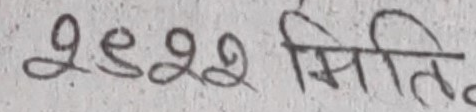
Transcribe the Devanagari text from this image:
२०२२ मिति.